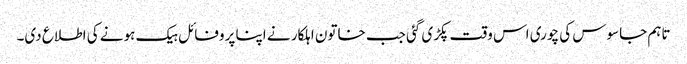
تاہم جاسوس کی چوری اس وقت پکڑی گئی جب خاتون اہلکار نے اپنا پروفائل ہیک ہونے کی اطلاع دی۔